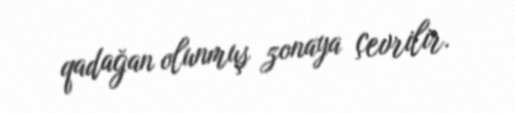
qadağan olunmuş zonaya çevrilir.